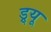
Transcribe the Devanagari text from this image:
ड्र्यू